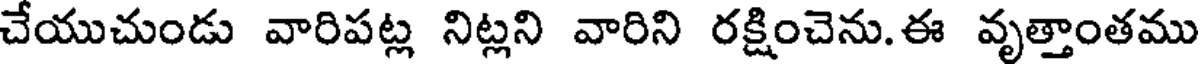
చేయుచుండు వారిపట్ల నిట్లని వారిని రక్షించెను.ఈ వృత్తాంతము